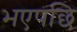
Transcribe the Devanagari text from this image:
भएपछि